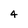
Character: 4